Bréfritari: Valbjörg Þorsteinsdóttir
Viðtakandi: Björg Jónsdóttir
Dagsetning: A-1889-04-13
Skrifað á: Grafarósi, Höfðaströnd  Skag.
Björg var kona Bened. í Tungu

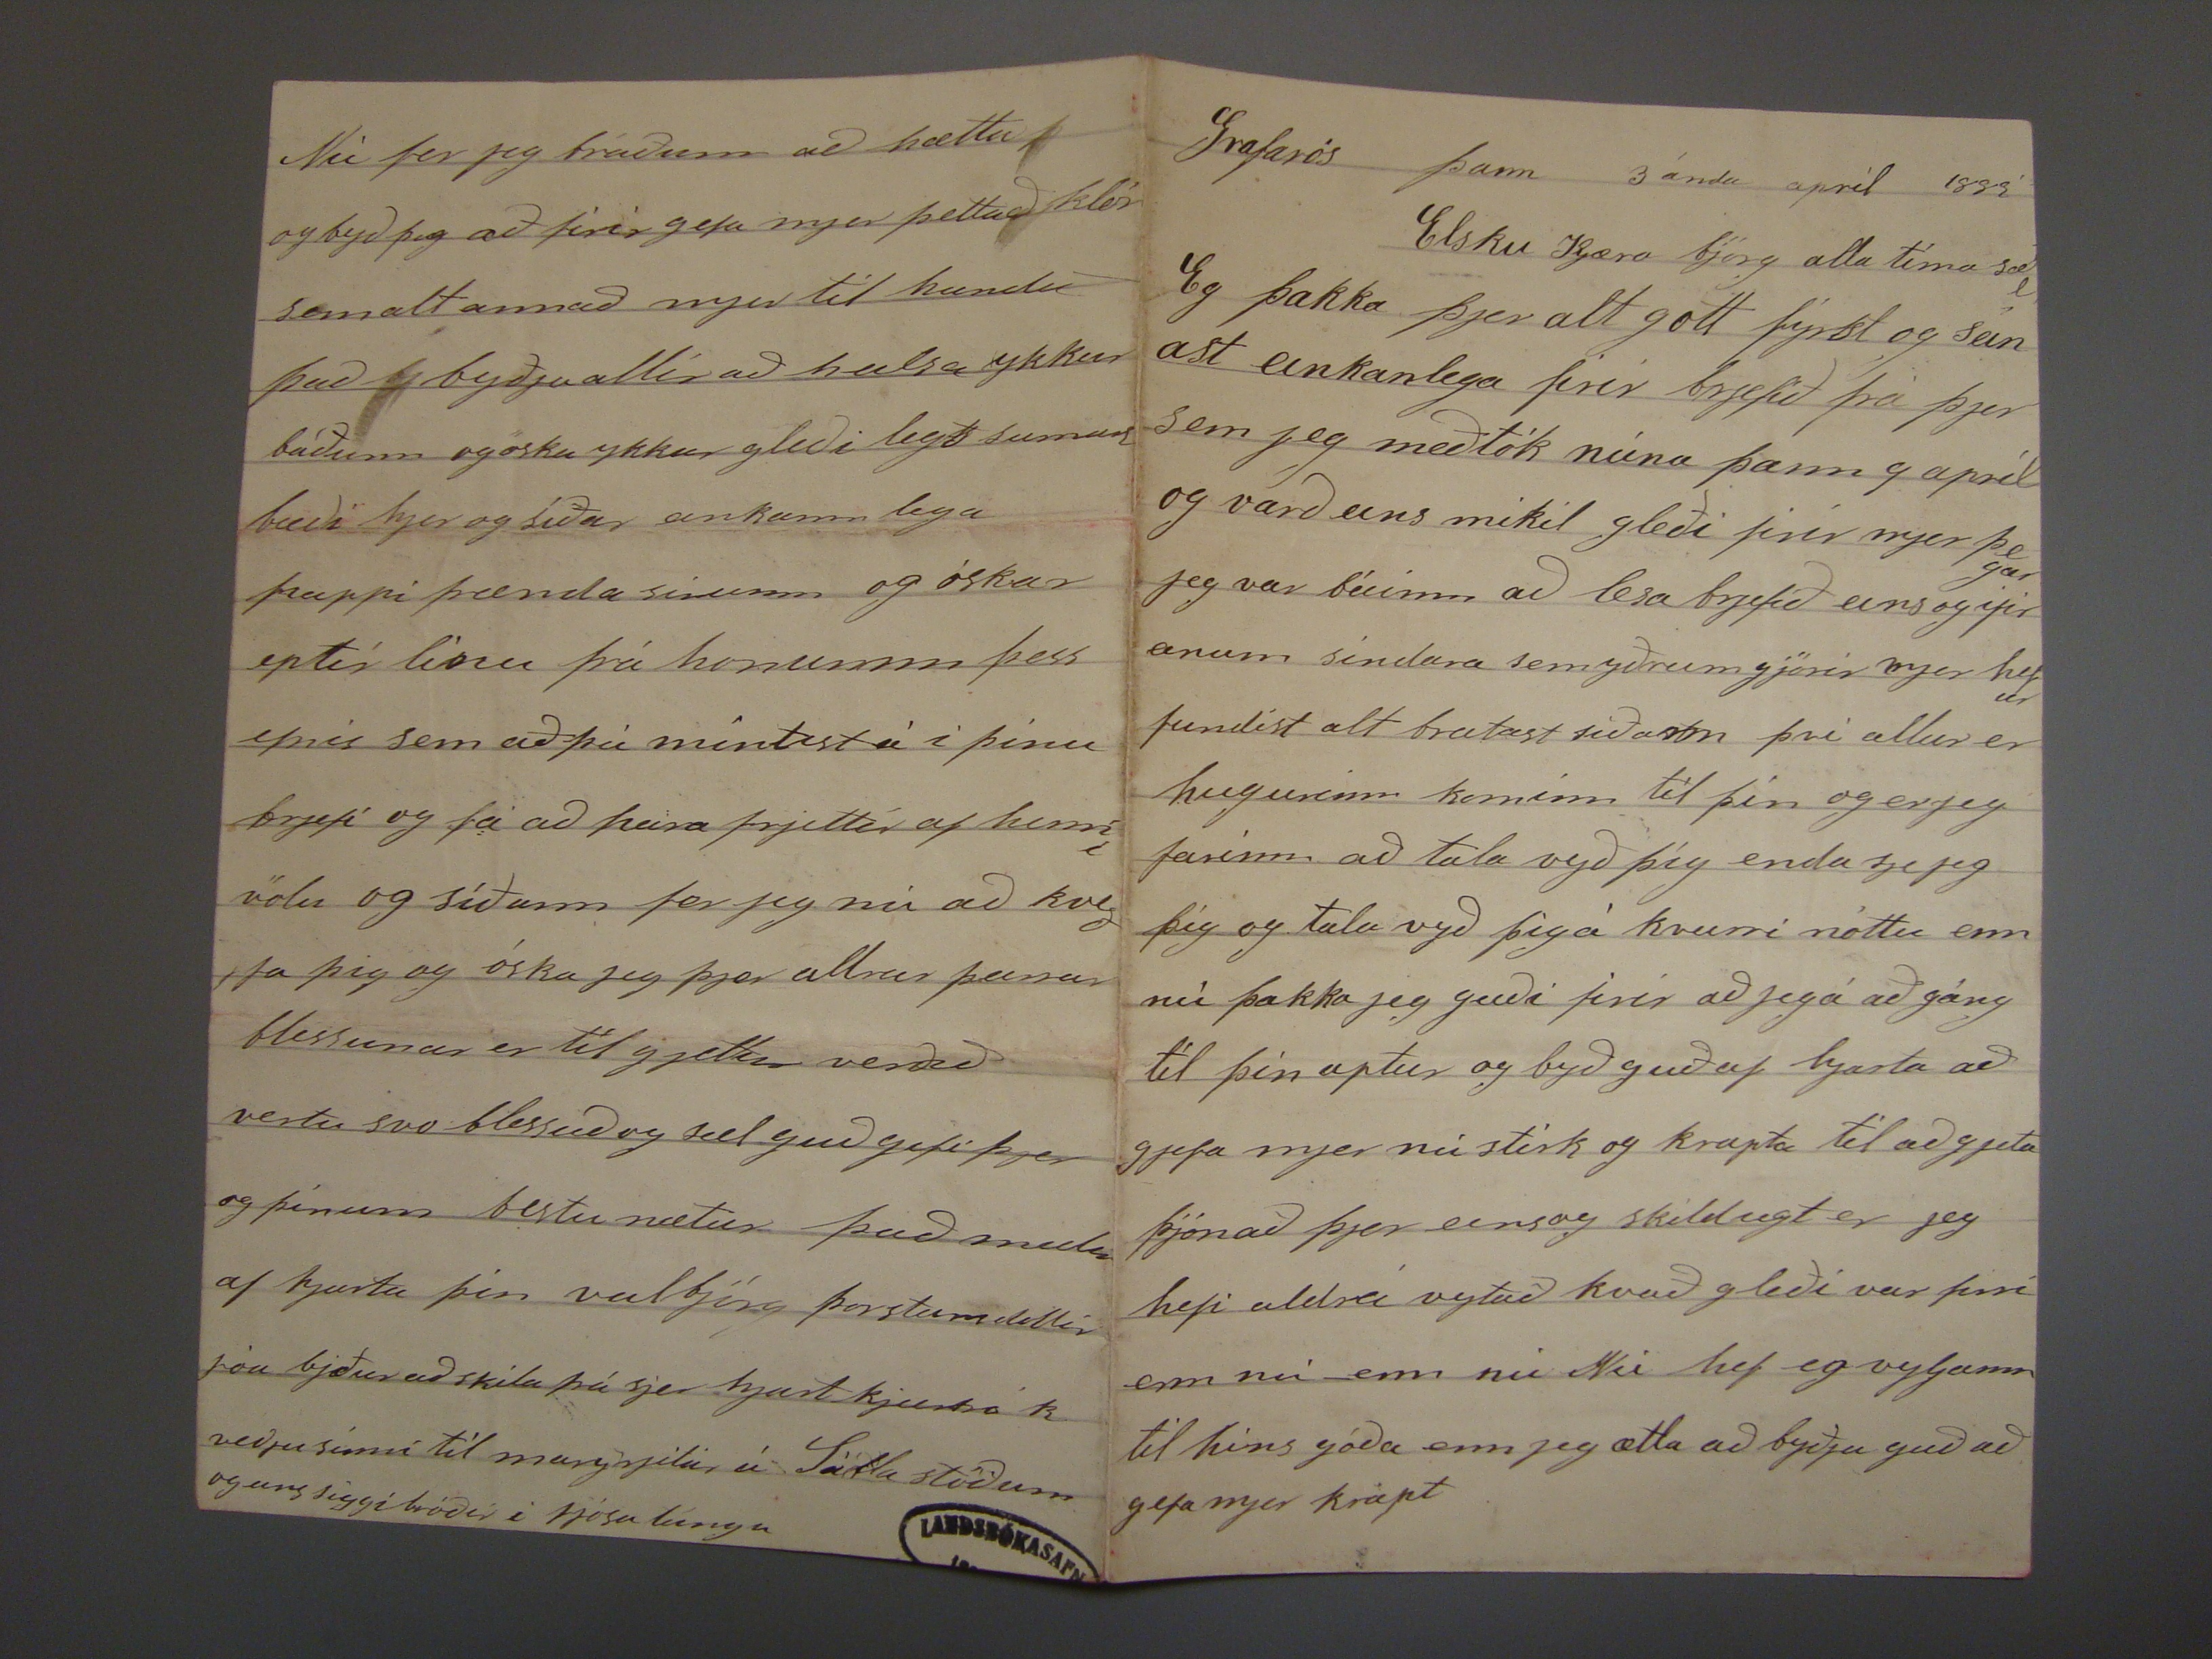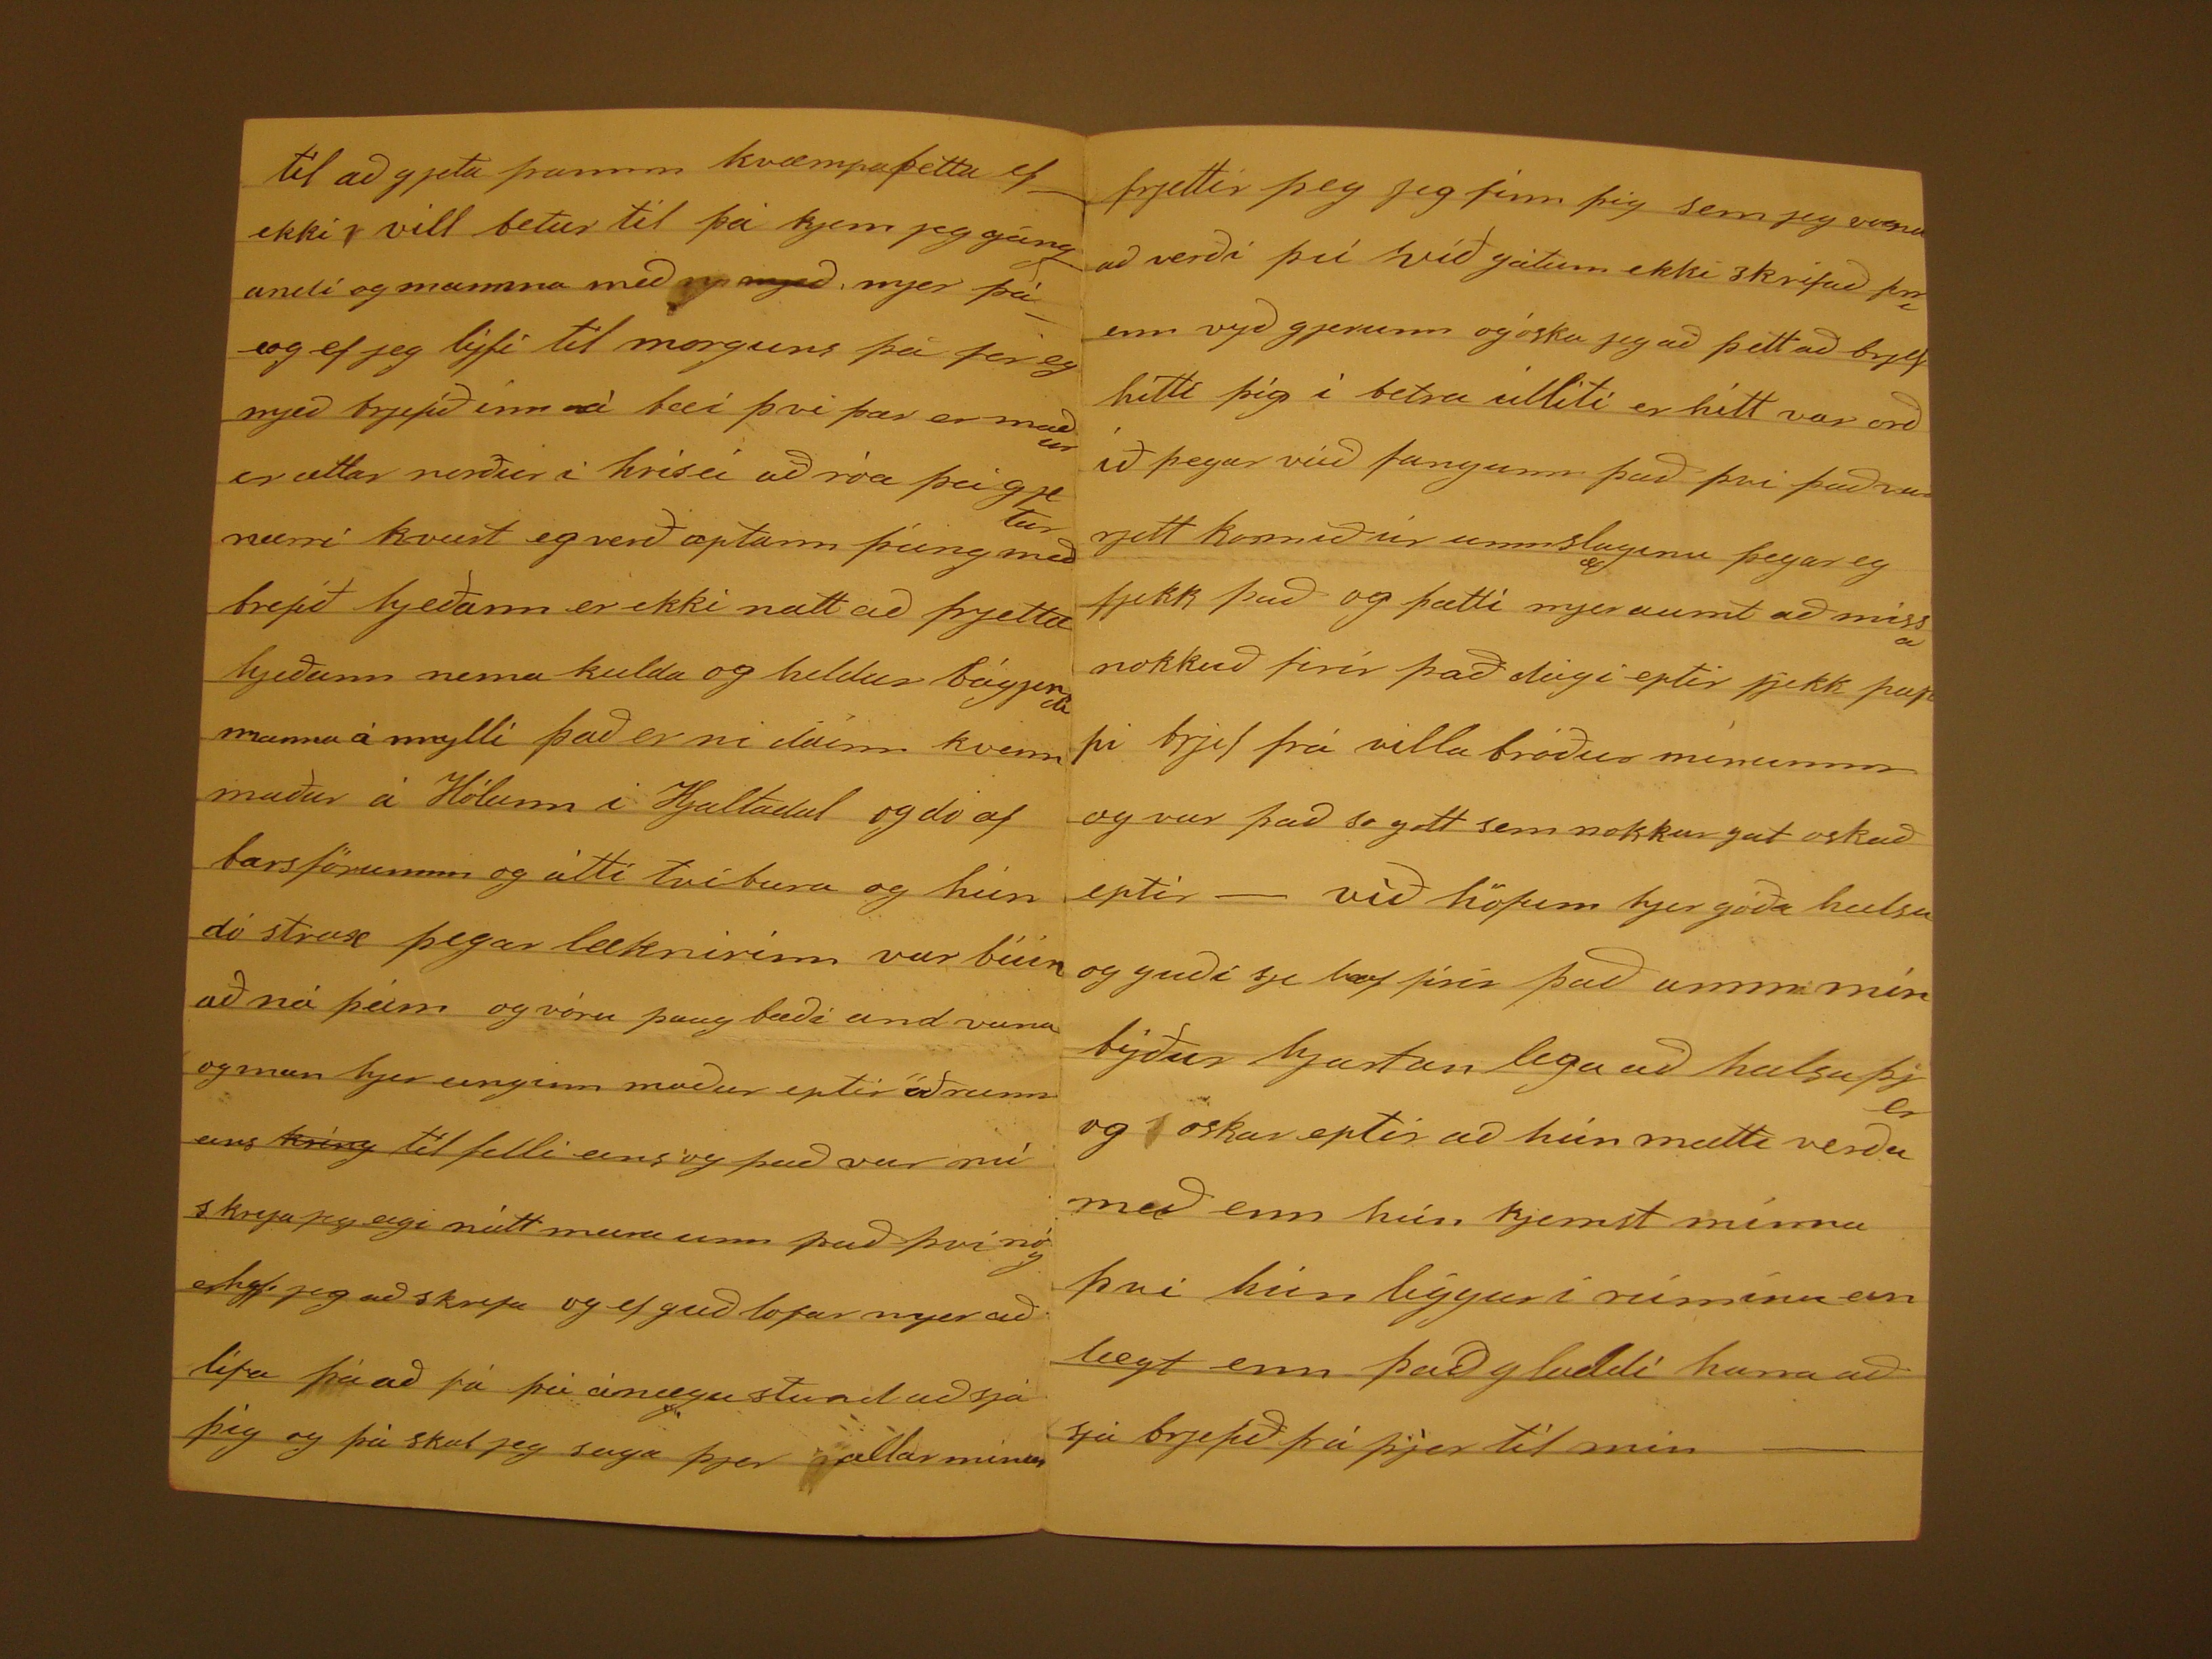

Grafarós þann 3 ánda apríl 1889
Elsku kjæra björg alla tíma sæl
Eg þakka þjer alt gott fyrst og seinast einkanlega firir brjefið frá þjer sem jeg meðtók núna þann 9 apríl og varð eins mikil gleði firir mjer þegar jeg var búinn að
lesa brjefið eins og ifir arum sindara sem yðrum gjörir mjer hefur fundist alt bratast siðann þvi allur er hugurinn kominn til þin og erjeg farinn að tala vyð þíg enda
sjejeg þig og tala vyð þigá kvurri nóttu enn nú þakka jeg guði firir að jegá að gáng til þin aptur og byð guð af hjarta að gjefa mjer nú stirk og krapta til að gjeta þjónað
þjer einsog skildugt er jeg hefi aldrei vytað kvað gleði var firir enn nú - enn nú
??
hef eg byljann til hins góða enn jeg ætla að byðja guð að
gefa mjer krapt
til að gjeta
framm
kvæmpaþetta ef ekki vill betur til þá kjem jeg gángandi og mamma með
mjeð
, mjer þá og ef jeg lýfi til morguns þá fer eg mjeð brjefið inn á bæi þvi þar er maður er ætlar norður i hrisei að róa þvi gjetur nærri kvurt jeg verð aptann
þúng með brjefið hjeðann er ekki neitt að frjetta hjeðann nema kulda og heldur
bágjendi
mann á mylli það er nú dáinn kvennmaður á Hólum
i Hjaltadal og do af barsförumm og átti tvíbura og hún dó strax þegar læknirinn var búin að ná þeim og vóru þaug bæði andvana og mun hjer einginn maður eptir
öðrum eins
kring
til felli eins og það var nú skrefa jeg eigi neitt meira um það því nóg
erhyfi
jeg að skrifa og ef guð lofar mjer að lifa þá að fá þá ánægu stund að sjá þig og þá skal jeg seiga þjer allar minar
fjrettir þeg jeg finn þig sem jeg vona að verði
þvi
við gátum ekki skrifað
fine
enn vyð gjerum og óska jeg að þettað
brjef hitti þig í betra úlliti er hitt var orðið þegar veið fangaum það þvi það var rjett komið úr umslaginu þegar er fjekk það og þætti mjer aumt að missa nokkuð
firir það dugi eptir fjekk pappi brjef frá villa bróður mínumm og var það so gott sem nokkur gat oskað eptir - við höfum hjer góða heilsu og guði sje lof firir það
amma mín
býður hjartan lega að heilsa þjer og óskar eptir að hún mætti verða með enn hún kjemst mínna þvi hún liggur í rúminu einlægt
enn það gladdi hana að sjá brjefið frá þjer til mig
Nú fer jeg bráðum að hætta og byð þig að firirgefa mjer þettað klór sem alt annað mjer til handa það byðja allir að heilsa ykkur báðum og óska ykkur gleði legt
sumar bæði hjer og síðar einkann lega pappi fræna sinum og óskar eptir linu frá honumm þess efnis sem að þú mintist á i þinu brjefi og fá að heira frjettir af henni
völu og síðann fer jeg nú að kveðja þig og óska jeg þjer allrar þeirrar blessunar er til gjetur verðið vertu svo blessuð og sæl guð gefi þjer og þínum bestu nætur það
mælir af hjarta þin valbjörg þorsteinsdottir
fóu
bjður að skila frá sjer hjart kjærri kveðju sinni til margrjitar á
Sötla stöðum
og eins siggi bróðir í fjósa lungu